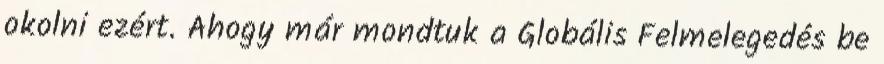
okolni ezért. Ahogy már mondtuk a Globális Felmelegedés be